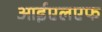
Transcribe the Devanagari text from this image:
आईएलएफ